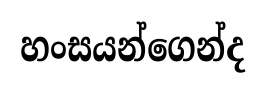
හංසයන්ගෙන්ද